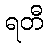
ရတီ